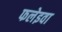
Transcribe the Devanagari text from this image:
फलेइवा